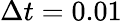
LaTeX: \Delta t=0.01